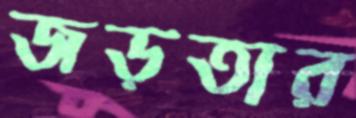
জড়তার